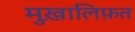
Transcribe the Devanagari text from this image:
मुख़ालिफ़त